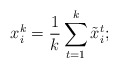
\begin{align*}x_i^k = \frac{1}{k} \sum_{t=1}^{k} \tilde{x}_i^t;\end{align*}